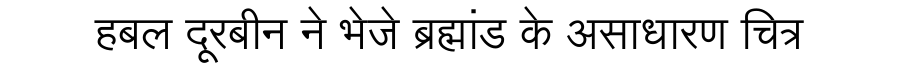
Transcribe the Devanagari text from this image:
हबल दूरबीन ने भेजे ब्रह्मांड के असाधारण चित्र